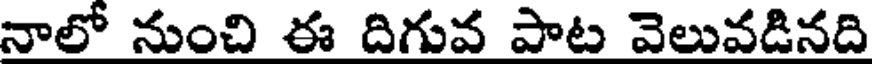
నాలో నుంచి ఈ దిగువ పాట వెలువడినది